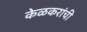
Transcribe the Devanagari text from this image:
केळकरांची